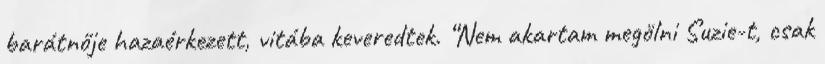
barátnője hazaérkezett, vitába keveredtek. “Nem akartam megölni Suzie-t, csak